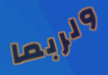
ولربما